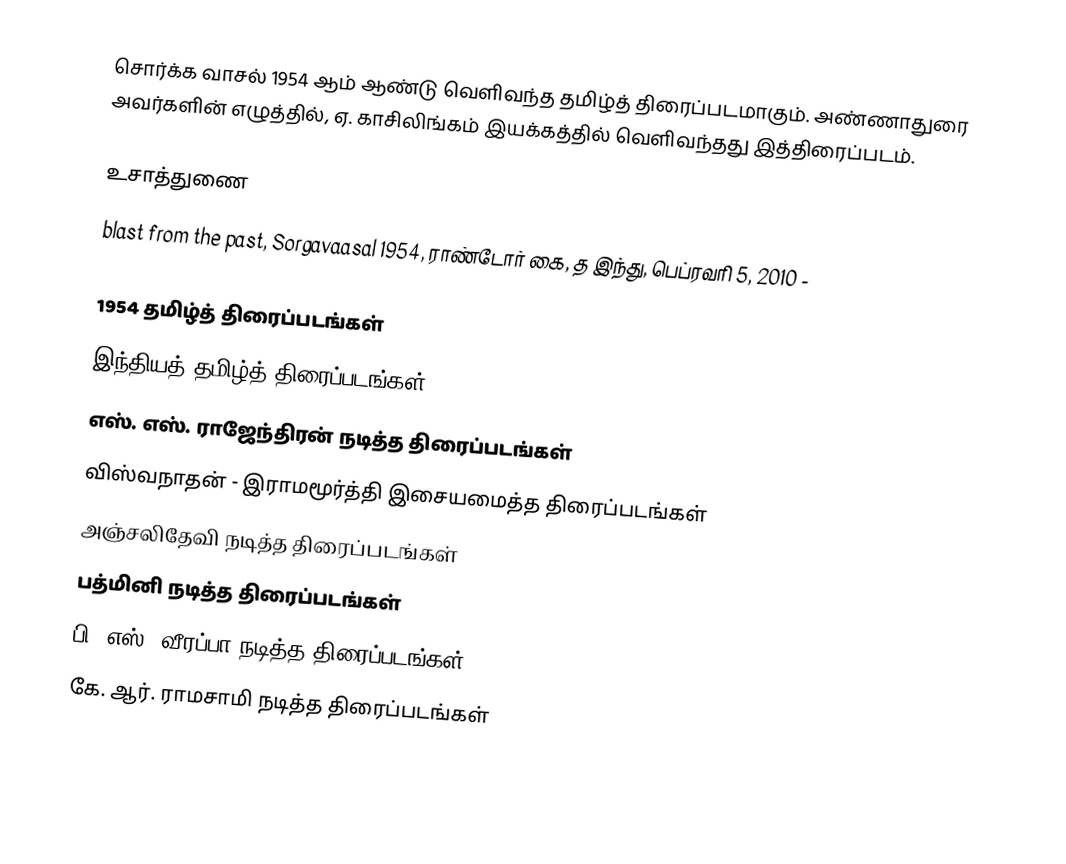
சொர்க்க வாசல் 1954 ஆம் ஆண்டு வெளிவந்த தமிழ்த் திரைப்படமாகும். அண்ணாதுரை அவர்களின் எழுத்தில், ஏ. காசிலிங்கம் இயக்கத்தில் வெளிவந்தது இத்திரைப்படம்.

உசாத்துணை
blast from the past, Sorgavaasal 1954, ராண்டோர் கை, த இந்து, பெப்ரவரி 5, 2010 -

1954 தமிழ்த் திரைப்படங்கள்
இந்தியத் தமிழ்த் திரைப்படங்கள்
எஸ். எஸ். ராஜேந்திரன் நடித்த திரைப்படங்கள்
விஸ்வநாதன் - இராமமூர்த்தி இசையமைத்த திரைப்படங்கள்
அஞ்சலிதேவி நடித்த திரைப்படங்கள்
பத்மினி நடித்த திரைப்படங்கள்
பி. எஸ். வீரப்பா நடித்த திரைப்படங்கள்
கே. ஆர். ராமசாமி நடித்த திரைப்படங்கள்